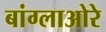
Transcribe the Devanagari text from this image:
बांग्लाओरे